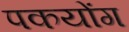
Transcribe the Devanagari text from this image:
पकयोंग